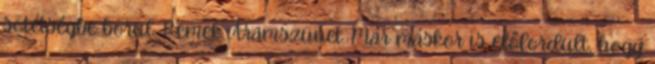
sötétségbe borul. Remek. Áramszünet. Már máskor is előfordult, hogy